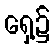
ရှေ့၌